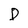
Character: D